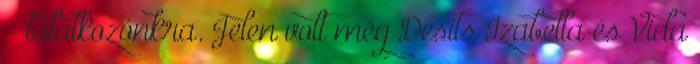
- találkozónkra. Jelen volt még Desits Izabella és Vida